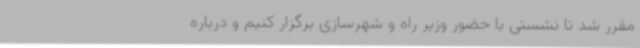
مقرر شد تا نشستی با حضور وزیر راه و شهرسازی برگزار کنیم و درباره